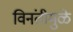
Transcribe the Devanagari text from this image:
विनंतीमुळे